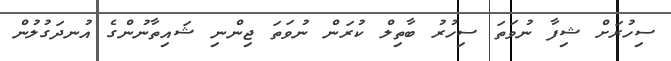
ސިހުރަަށް ޝިފާ ނުވަތަ ސިހުރު ބާތިލް ކުރަން ނުވަތަ ޖިންނި ޝައިތާނުންގެ އުނދަގުލުން